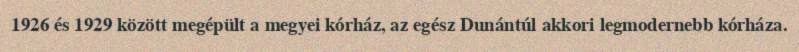
1926 és 1929 között megépült a megyei kórház, az egész Dunántúl akkori legmodernebb kórháza.